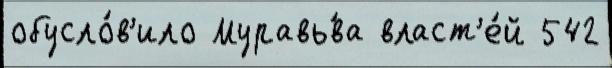
обусло́в'ило Муравь́ва власт'е́й 542